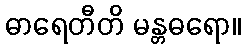
ဓာရေတီတိ မန္တဓရော။